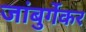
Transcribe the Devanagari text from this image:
जांबुर्गेकर